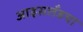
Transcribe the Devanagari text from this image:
आइसलँडचा